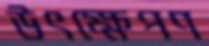
উৎক্ষেপণ